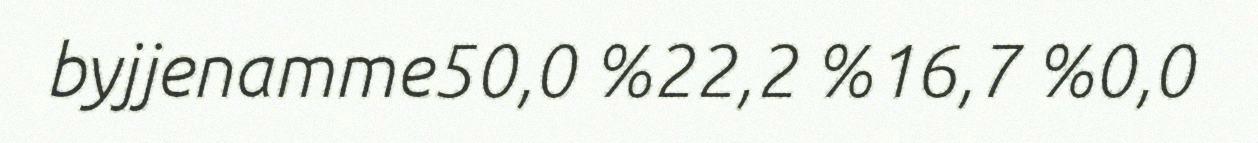
byjjenamme50,0 %22,2 %16,7 %0,0